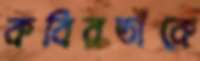
কবিরতাঁকে